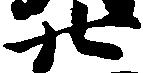
廿